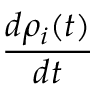
\frac { d \rho _ { i } ( t ) } { d t }